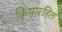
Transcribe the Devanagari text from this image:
क्रियारहित